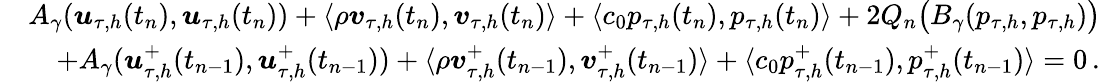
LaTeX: \begin{array}{rl}&{A_{\gamma}(\boldsymbol u_{\tau,h}(t_{n}),\boldsymbol u_{\tau,h}(t_{n}))+\langle\rho\boldsymbol v_{\tau,h}(t_{n}),\boldsymbol v_{\tau,h}(t_{n})\rangle+\langle c_{0}p_{\tau,h}(t_{n}),p_{\tau,h}(t_{n})\rangle+2Q_{n}\big(B_{\gamma}(p_{\tau,h},p_{\tau,h})\big)}\\ &{\quad+A_{\gamma}(\boldsymbol u_{\tau,h}^{+}(t_{n-1}),\boldsymbol u_{\tau,h}^{+}(t_{n-1}))+\langle\rho\boldsymbol v_{\tau,h}^{+}(t_{n-1}),\boldsymbol v_{\tau,h}^{+}(t_{n-1})\rangle+\langle c_{0}p_{\tau,h}^{+}(t_{n-1}),p_{\tau,h}^{+}(t_{n-1})\rangle=0\, .}\end{array}